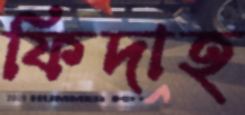
ফিদাহ